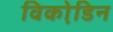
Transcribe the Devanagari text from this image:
विको़डिन